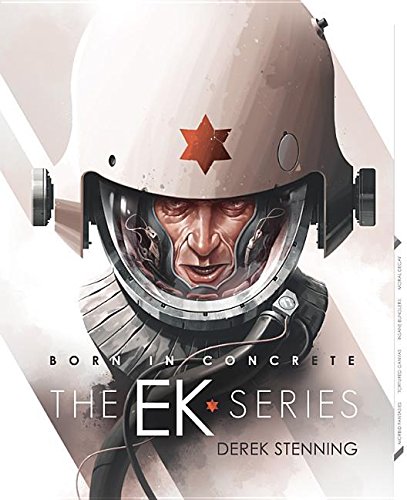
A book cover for Born in Concrete: EK Series; Arts & Photography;